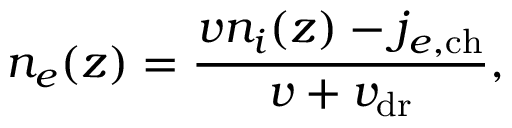
n _ { e } ( z ) = \frac { v n _ { i } ( z ) - j _ { e , \mathrm { c h } } } { v + v _ { \mathrm { d r } } } ,